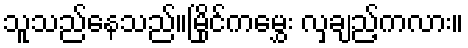
သူသည်နေသည်။မြိုင်ကမွှေး လှချည့်ကလား။